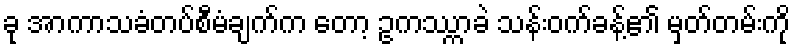
ခု အာကာသခံတပ်စီမံချက်က တော့ ဥကဿ္ကာခဲ သန်းဝက်ခန့်၏ မှတ်တမ်းကို